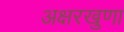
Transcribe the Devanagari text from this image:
अक्षरखुणा